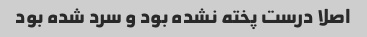
اصلا درست پخته نشده بود و سرد شده بود